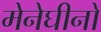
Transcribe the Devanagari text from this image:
मेनेघीनो